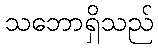
သဘောရှိသည်